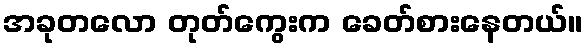
အခုတလော တုတ်ကွေးက ခေတ်စားနေတယ်။